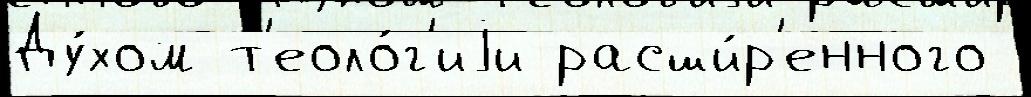
Ду́хом т'еоло́г'иjи расши́р'енного